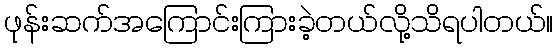
ဖုန်းဆက်အကြောင်းကြားခဲ့တယ်လို့သိရပါတယ်။